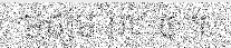
មធ្យម ៣/ ៥ ។